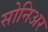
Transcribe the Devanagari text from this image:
सोनिअर